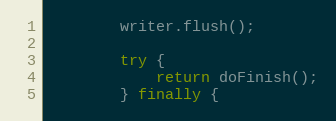
Language: Java
        writer.flush();

        try {
            return doFinish();
        } finally {